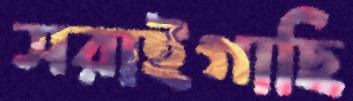
সরাইগাছি